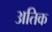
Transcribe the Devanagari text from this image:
अतिक